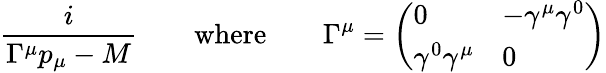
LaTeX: \frac{i}{\Gamma^{\mu}p_{\mu}-M}\qquad\mathrm{where}\qquad\Gamma^{\mu}=\left(\begin{array}{ll}{{0}}&{{-\gamma^{\mu}\gamma^{0}}}\\ {{\gamma^{0}\gamma^{\mu}}}&{{0}}\end{array}\right)